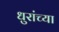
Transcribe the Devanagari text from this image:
धुरांच्या